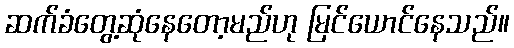
ဆက်ခံတွေ့ဆုံနေတော့မည်ဟု မြင်ယောင်နေသည်။